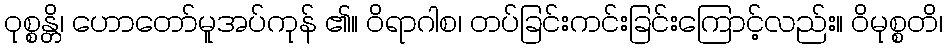
ဝုစ္စန္တိ၊ ဟောတော်မူအပ်ကုန် ၏။ ဝိရာဂါစ၊ တပ်ခြင်းကင်းခြင်းကြောင့်လည်း။ ဝိမုစ္စတိ၊